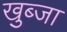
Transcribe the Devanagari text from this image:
खुब्जा